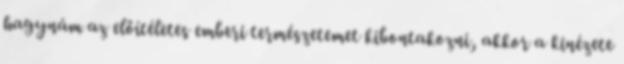
hagynám az előítéletes emberi természetemet kibontakozni, akkor a kinézete